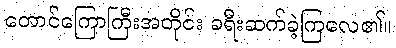
တောင်ကြောကြီးအတိုင်း ခရီးဆက်ခဲ့ကြလေ၏။